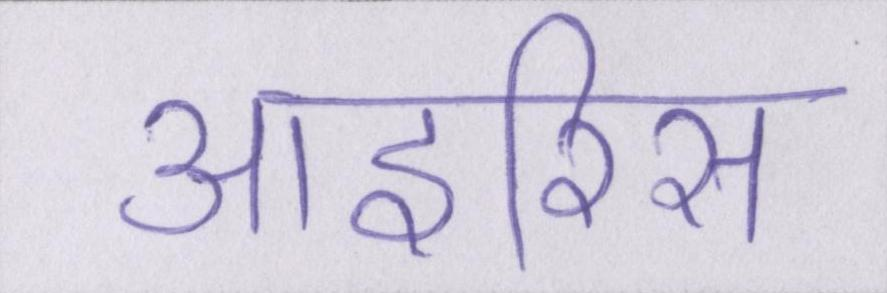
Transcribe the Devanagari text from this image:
आइरिस